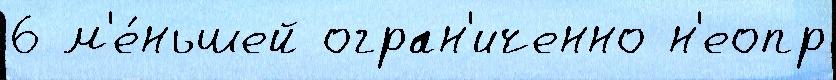
6 м'е́ньшей огран'иченно н'еопр